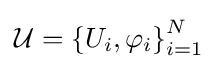
{\mathcal {U}}=\left\{U_{i},\varphi _{i}\right\}_{i=1}^{N}